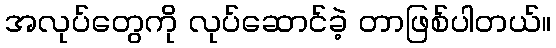
အလုပ်တွေကို လုပ်ဆောင်ခဲ့ တာဖြစ်ပါတယ်။